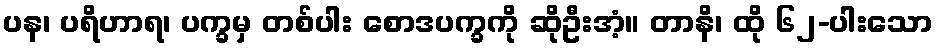
ပန၊ ပရိဟာရ၊ ပက္ခမှ တစ်ပါး စောဒပက္ခကို ဆိုဦးအံ့။ တာနိ၊ ထို ၆၂-ပါးသော